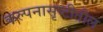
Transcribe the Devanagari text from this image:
कल्पनासृष्टीतील